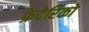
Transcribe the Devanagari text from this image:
फ्रेदेरिको